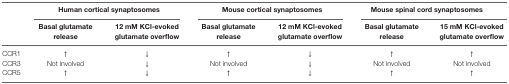
<table><thead><tr><td></td><td colspan="2"><b>Human cortical synaptosomes</b></td><td colspan="2"><b>Mouse cortical synaptosomes</b></td><td colspan="2"><b>Mouse spinal cord synaptosomes</b></td></tr><tr><td></td><td><b>Basal glutamate release</b></td><td><b>12 mM KCl-evoked glutamate overflow</b></td><td><b>Basal glutamate release</b></td><td><b>12 mM KCl-evoked glutamate overflow</b></td><td><b>Basal glutamate release</b></td><td><b>15 mM KCl-evoked glutamate overflow</b></td></tr></thead><tbody><tr><td>CCR1</td><td>↑</td><td>↓</td><td>↑</td><td>↓</td><td>↑</td><td>↑</td></tr><tr><td>CCR3</td><td>Not involved</td><td>↓</td><td>Not involved</td><td>↓</td><td>Not involved</td><td>Not involved</td></tr><tr><td>CCR5</td><td>↑</td><td>↓</td><td>↑</td><td>↓</td><td>↑</td><td>↑</td></tr></tbody></table>